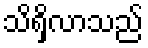
သိရှိလာသည်